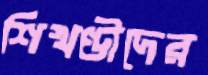
শিখণ্ডীদের